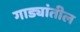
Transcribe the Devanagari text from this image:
गाड्यांतील